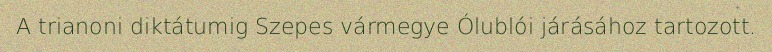
A trianoni diktátumig Szepes vármegye Ólublói járásához tartozott.